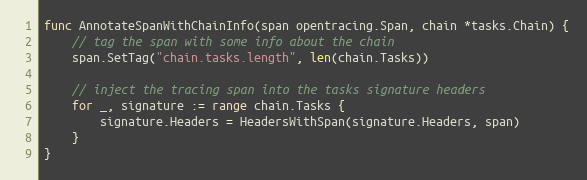
Language: Go
func AnnotateSpanWithChainInfo(span opentracing.Span, chain *tasks.Chain) {
	// tag the span with some info about the chain
	span.SetTag("chain.tasks.length", len(chain.Tasks))

	// inject the tracing span into the tasks signature headers
	for _, signature := range chain.Tasks {
		signature.Headers = HeadersWithSpan(signature.Headers, span)
	}
}